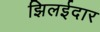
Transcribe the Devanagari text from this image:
झिलईदार